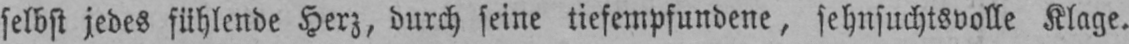
selbst jedes fühlende Herz, durch seine tiefempfundene, sehnsuchtsvolle Klage.